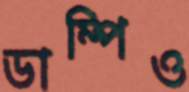
ডাম্পিও